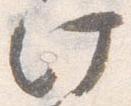
此